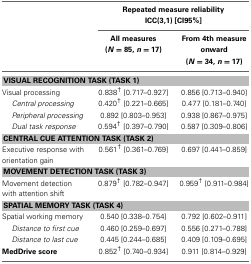
|  | <COLSPAN=2> Repeated measure reliability |
 |  | <COLSPAN=2> ICC(3,1) [CI95%] |
 |  | All measures (N = 85, n = 17) | From 4th measure onward (N = 34, n = 17) |
 | --- | --- | --- |
 | <COLSPAN=3> VISUAL RECOGNITION TASK (TASK 1) |
 | Visual processing | 0.838† [0.717–0.927] | 0.856 [0.713–0.940] |
 | Central processing | 0.420† [0.221–0.665] | 0.477 [0.181–0.740] |
 | Peripheral processing | 0.892 [0.803–0.953] | 0.938 [0.867–0.975] |
 | Dual task response | 0.594† [0.397–0.790] | 0.587 [0.309–0.806] |
 | <COLSPAN=3> CENTRAL CUE ATTENTION TASK (TASK 2) |
 | Executive response with orientation gain | 0.561† [0.361–0.769] | 0.697 [0.441–0.859] |
 | <COLSPAN=3> MOVEMENT DETECTION TASK (TASK 3) |
 | Movement detection with attention shift | 0.879† [0.782–0.947] | 0.959† [0.911–0.984] |
 | <COLSPAN=3> SPATIAL MEMORY TASK (TASK 4) |
 | Spatial working memory | 0.540 [0.338–0.754] | 0.792 [0.602–0.911] |
 | Distance to first cue | 0.460 [0.259–0.697] | 0.556 [0.271–0.788] |
 | Distance to last cue | 0.445 [0.244–0.685] | 0.409 [0.109–0.695] |
 | MedDrive score | 0.852† [0.740–0.934] | 0.911 [0.814–0.929] |